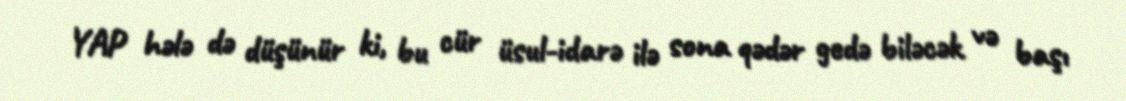
YAP hələ də düşünür ki, bu cür üsul-idarə ilə sona qədər gedə biləcək və başı